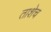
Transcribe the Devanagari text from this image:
ताशेच